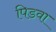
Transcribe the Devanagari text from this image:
पिडवा